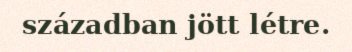
században jött létre.